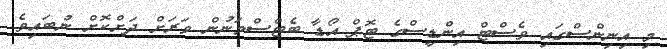
މި އިނިންސްގައި ވެސްޓް އިންޑީސްގެ ޓޮޕް އޯޑާ ބެޓްސްމަނުން ވަރަށް ދަށްކޮށް ނުބައިވެ